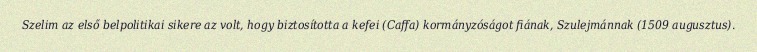
Szelim az első belpolitikai sikere az volt, hogy biztosította a kefei (Caffa) kormányzóságot fiának, Szulejmánnak (1509 augusztus).